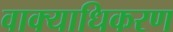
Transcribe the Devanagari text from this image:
वाक्याधिकरण